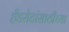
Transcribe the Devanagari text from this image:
हँडसेटांसाठीच्या